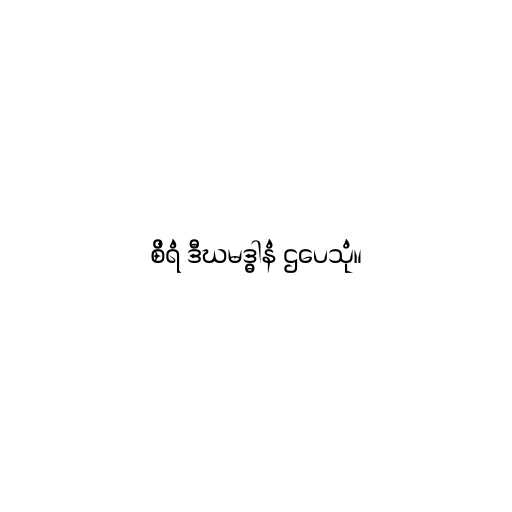
စိရံ ဒီဃမဒ္ဓါနံ ဌပေသုံ။